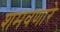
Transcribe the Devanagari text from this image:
शमवणारे